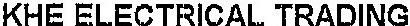
KHE ELECTRICAL TRADING